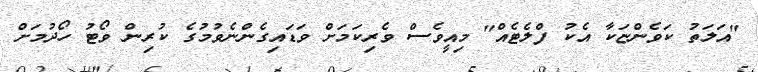
"އަލަތު ކަވެންޏަކާ އެކު ފްލެޓެއް" މިއީވެސް ވެރިކަމަށް ވަޑައިގެންނެވުމުގެ ކުރިން ވޯޓު ހޯދުމަށް